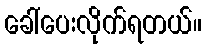
ခေါ်ပေးလိုက်ရတယ်။